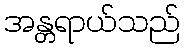
အန္တရာယ်သည်